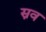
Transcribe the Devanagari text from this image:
स्नव